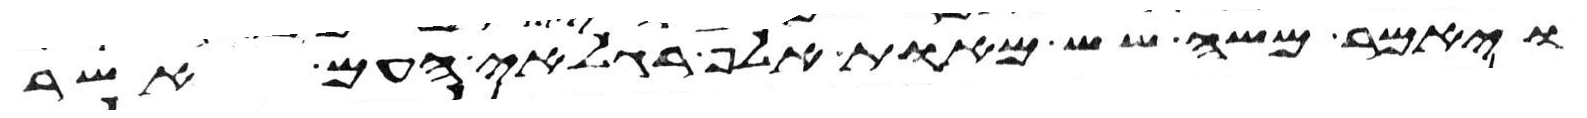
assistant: ויאמר משה שש מאות אלף רגלאי העם אשר